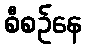
စီစဉ်နေ